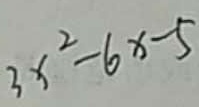
3 x ^ { 2 } - 6 x - 5